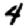
Digit: 4